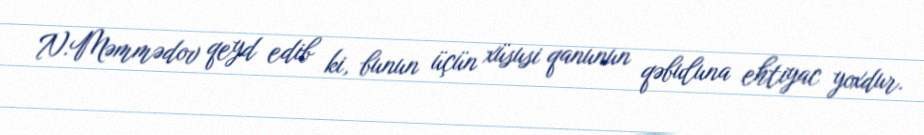
N.Məmmədov qeyd edib ki, bunun üçün xüsusi qanunun qəbuluna ehtiyac yoxdur.